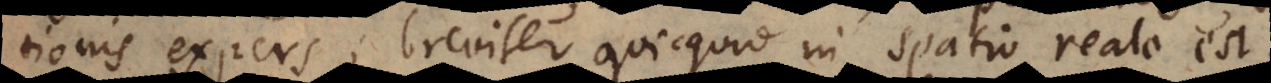
tionis expers; breviter quicquid in spatio reale est,